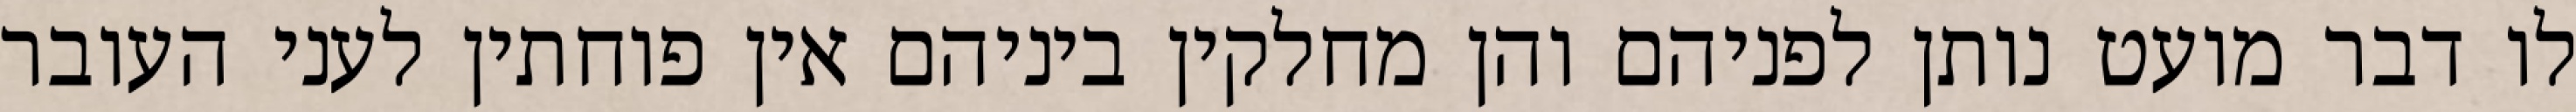
לו דבר מועט נותן לפניהם והן מחלקין ביניהם אין פוחתין לעני העובר